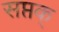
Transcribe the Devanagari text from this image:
सप्तक्